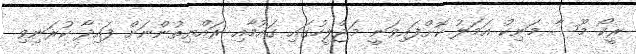
ރީކޯ މޫސާ މަނިކު އަމަލު ކޮށްފައިވަނީ މަޖްލީހުގައި ގައުމާއި ރައްޔިތުންނަށް ފައިދާ ކުރަނިވި